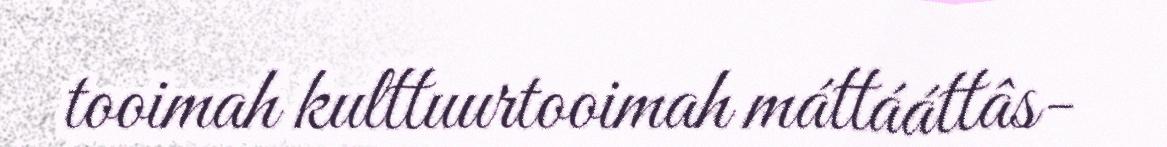
tooimah kulttuurtooimah máttááttâs-